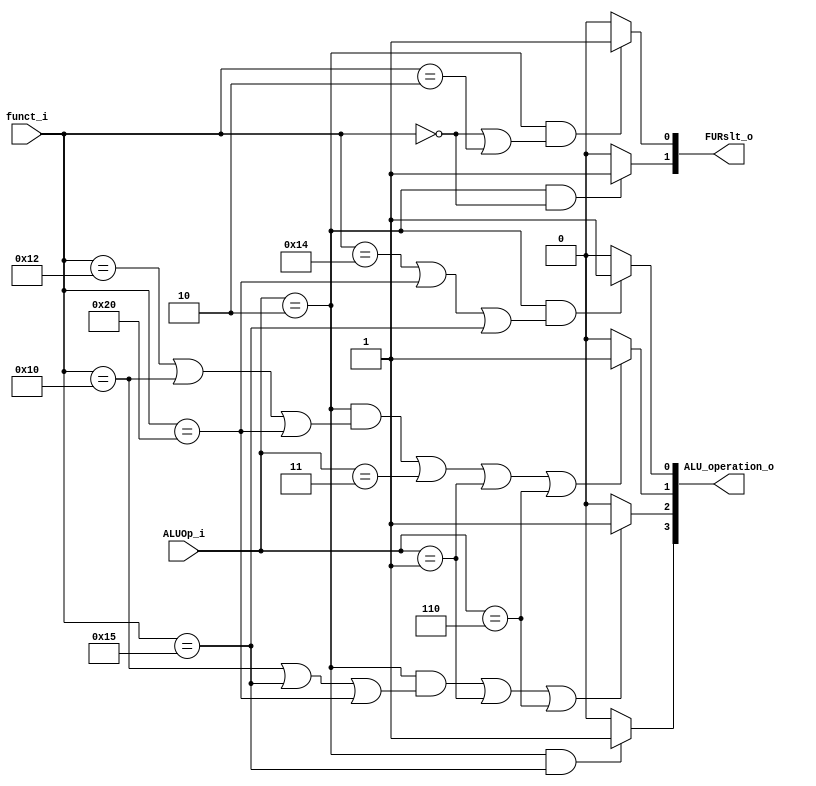
module ALU_Ctrl( funct_i, ALUOp_i, ALU_operation_o, FURslt_o );

//I/O ports 
input      [6-1:0] funct_i;
input      [3-1:0] ALUOp_i;

output     [4-1:0] ALU_operation_o;  
output     [2-1:0] FURslt_o;
     
//Internal Signals
wire		[4-1:0] ALU_operation_o;
wire		[2-1:0] FURslt_o;

//Main function
/*your code here*/

// Ainv Binv Op1 Op0
// or               = 0000
// and              = 0001
// add, addi        = 0010
// sub, bne, beq    = 0110
// nor              = 1101
// slt              = 0111

// ALUOp
// R format = 010
// addi     = 011
// lw, sw   = 000
// beq      = 001
// bne      = 110
// jump     = x

assign ALU_operation_o[0] = (ALUOp_i == 3'b010 && (funct_i == 6'b010100 || funct_i == 6'b100000 || funct_i == 6'b010101)) ? 1'b1 : 1'b0; // and, slt, nor
assign ALU_operation_o[1] = ((ALUOp_i == 3'b010 && (funct_i == 6'b010010 || funct_i == 6'b010000 || funct_i == 6'b100000)) || ALUOp_i == 3'b011 || ALUOp_i == 3'b001 || ALUOp_i == 3'b110) ? 1'b1 : 1'b0; // addi, beq, bne, add, sub, slt
assign ALU_operation_o[2] = ((ALUOp_i == 3'b010 && (funct_i == 6'b010000 || funct_i == 6'b010101 || funct_i == 6'b100000)) || ALUOp_i == 3'b001 || ALUOp_i == 3'b110) ? 1'b1 : 1'b0; // beq, bne, sub, nor, slt
assign ALU_operation_o[3] = (ALUOp_i == 3'b010 && funct_i == 6'b010101) ? 1'b1 : 1'b0; // nor

// furslt[0]: ALU result = 0, Shifter result = 1
// furslt[1]: shift left = 1, shift right = 0
assign FURslt_o[0] = (ALUOp_i == 3'b010 && (funct_i == 6'b000000 || funct_i == 6'b000010)) ? 1'b1 : 1'b0; // sll, srl
assign FURslt_o[1] = (ALUOp_i == 3'b010 && funct_i == 6'b000000) ? 1'b1 : 1'b0; // leftRight == 1 if sll

endmodule